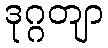
ဒုဂ္ဂတျာ